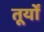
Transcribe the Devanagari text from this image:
तूर्यों